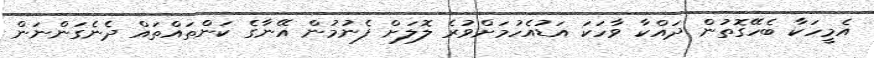
އެމީހަކާ ބެހޭގޮތުން ދައްކާ ވާހަކަ އަޑުއެހުމަށްވުރެ ލޮލަށް ފެނުމުން އޭނާގެ ކަންތައްތައް ދެނެގަންނަން